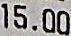
15.00